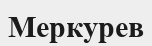
Меркурев